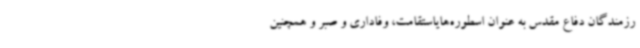
رزمندگان دفاع مقدس به ‌عنوان اسطوره‌هایاستقامت، وفاداری و صبر و همچنین